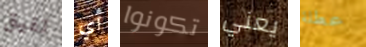
تفيق أي تكونوا يعني عطلة